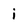
Character: i